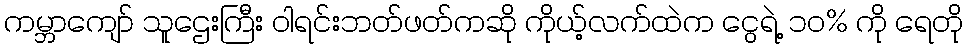
ကမ္ဘာကျော် သူဌေးကြီး ဝါရင်းဘတ်ဖတ်ကဆို ကိုယ့်လက်ထဲက ငွေရဲ့ ၁၀% ကို ရေတို